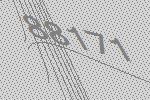
88171